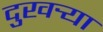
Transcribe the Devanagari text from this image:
दुखर्‍या